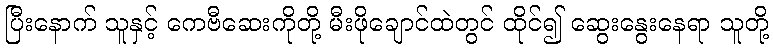
ပြီးနောက် သူနှင့် ကေဗီဆေးကိုတို့ မီးဖိုချောင်ထဲတွင် ထိုင်၍ ဆွေးနွေးနေရာ သူတို့